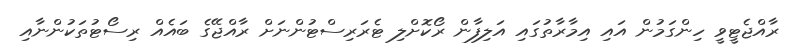
ރާއްޖެޓީވީ ހިންގަމުން އައި އިމާރާތުގައި އަލިފާން ރޯކޮށްލި ޓެރަރިސްޓުންނަށް ރާއްޖޭގެ ބައެއް ރިސޯޓުތަކުންނާއި